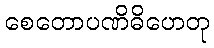
စေတောပဏိဓိဟေတု